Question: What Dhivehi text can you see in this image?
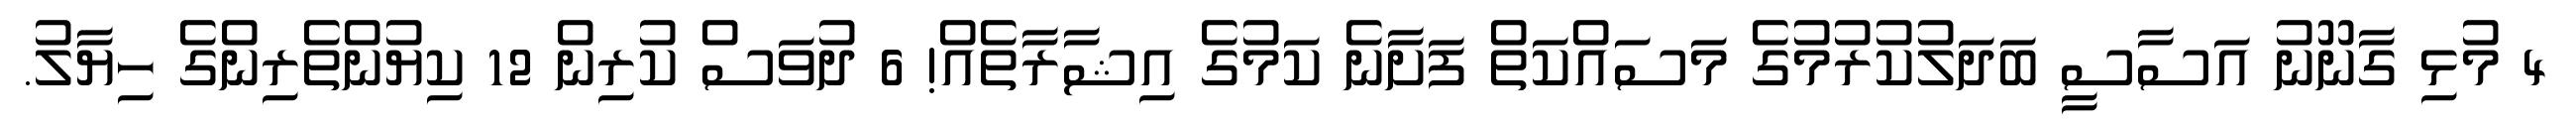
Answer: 4 މުޅި ގާނޫނު އަސާސީ ބަދަލުކުރުމުގެ މަސައްކަތް ފަށާނެ ކަމުގެ އިޝާރާތެއް! 6 ދުވަސް ކުރިން 12 ކިޔުންތެރިންގެ ހިޔާލު.